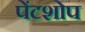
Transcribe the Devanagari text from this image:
पेंटशोप